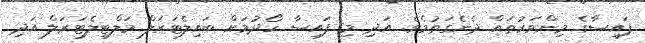
ފައިސާގެ މިންވަރުތައް ދެނެގަތުމެވެ. އަދި މި ފައިސާ ހޯދުމަށް ބައިލެޓަރަލް މަލްޓިލެޓަރަލް އަދި